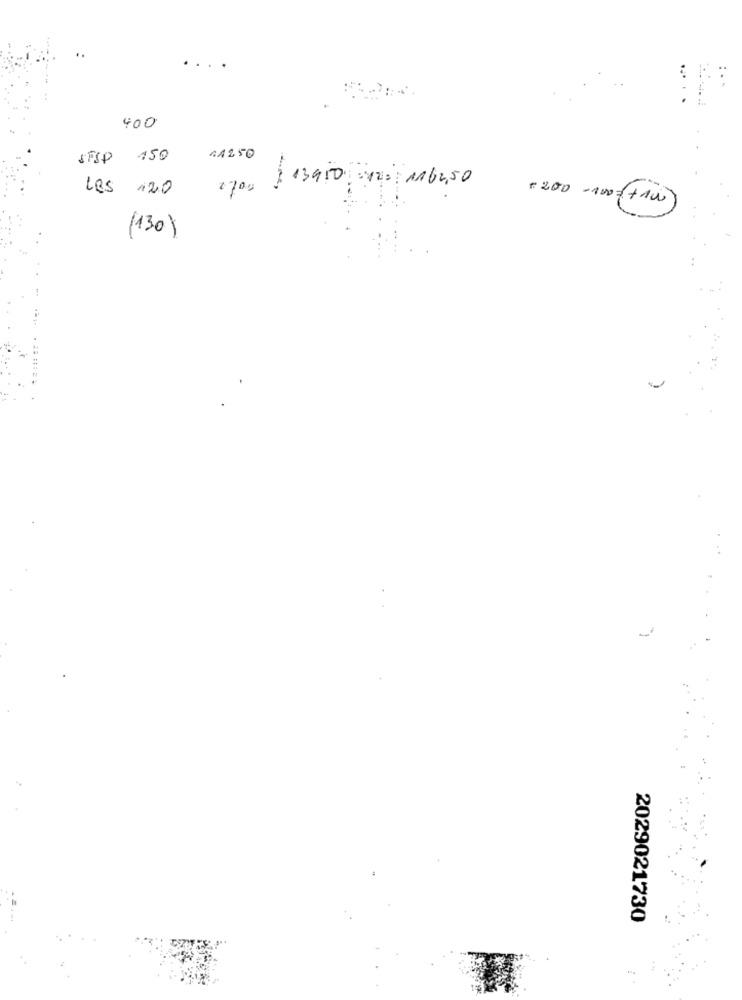
400
STEP 150
41250
1700 3 13950 12: 1162,50
Les 120
-200 -100=+10
(130)
2029021730